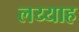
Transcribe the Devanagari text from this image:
लय्याह